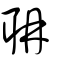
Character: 聃